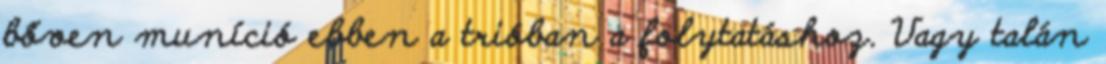
bőven muníció ebben a trióban a folytatáshoz. Vagy talán